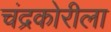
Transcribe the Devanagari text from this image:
चंद्रकोरीला